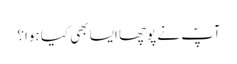
آپؐ نے پوچھا ایسا بھی کیا ہوا؟